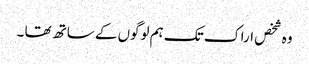
وہ شخص اراک تک ہم لوگوں کے ساتھ تھا ۔